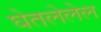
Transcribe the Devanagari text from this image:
घेतलेलेल